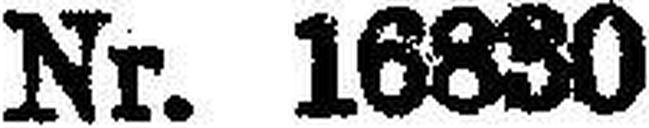
Nr. 16830